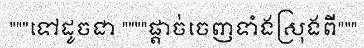
"""ទៅដូចជា """"ផ្តាច់ចេញទាំងស្រុងពី"""